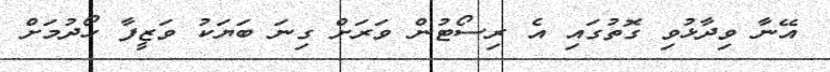
އޭނާ ވިދާޅުވި ގޮތުގައި އެ ރިސޯޓުން ވަރަށް ގިނަ ބަޔަކު ވަޒީފާ ހޯދުމަށް